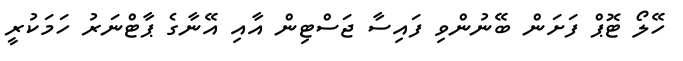
ހޭލޯ ޓޮޕް ފަށަން ބޭނުންވި ފައިސާ ޖަސްޓިން އާއި އޭނާގެ ޕާޓްނަރު ހަމަކުރީ